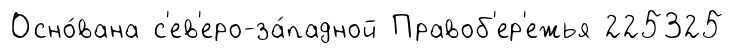
Осно́вана с'ев'еро-за́падной Правоб'ер'ежья 225325